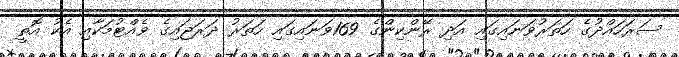
ސަރަހައްދުގެ ހަތަރުވަނައިގައި އަދި ރޭންކިންގެ 169ވަނައިގައި ހަތަރު ދަރަޖައިގެ ވެއްޓުމަކާއި އެކު އޮތީ